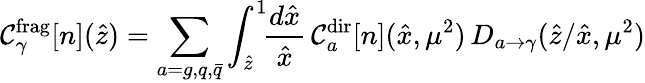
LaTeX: {\cal C}_{\gamma}^{\mathrm{frag}}[n](\hat{z})=\sum_{a=g,q,\bar{q}}\int_{\hat{z}}^{1}\! \! \frac{d\hat{x}}{\hat{x}}\, {\cal C}_{a}^{\mathrm{dir}}[n](\hat{x},\mu^{2})\, D_{a\to\gamma}(\hat{z}/\hat{x},\mu^{2})